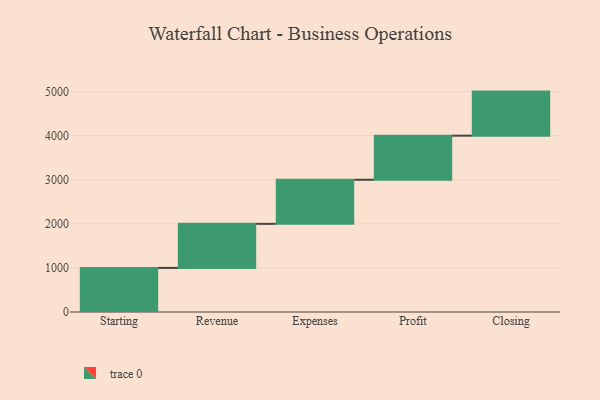
{"axis": {"x": "Step", "y": "Value"}, "legend": [""], "data": [{"x": "Starting", "y": 1000, "type": ""}, {"x": "Revenue", "y": 1000, "type": ""}, {"x": "Expenses", "y": 1000, "type": ""}, {"x": "Profit", "y": 1000, "type": ""}, {"x": "Closing", "y": 1000, "type": ""}]}